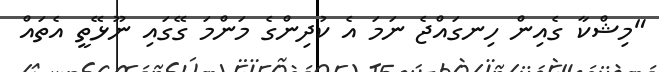
"މިޝްކާ ގެއިން ހިނގައްޖެ ނަމަ އެ ކުދިންގެ މަންމަ ގޭގައި ނޫޅޭތީ އެތައް